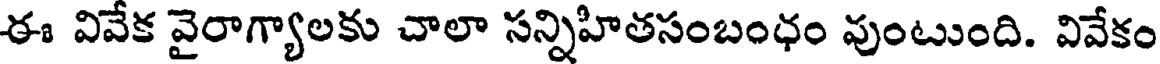
ఈ వివేక వైరాగ్యాలకు చాలా సన్నిహితసంబంధం వుంటుంది. వివేకం